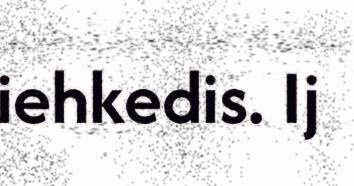
iehkedis. Ij